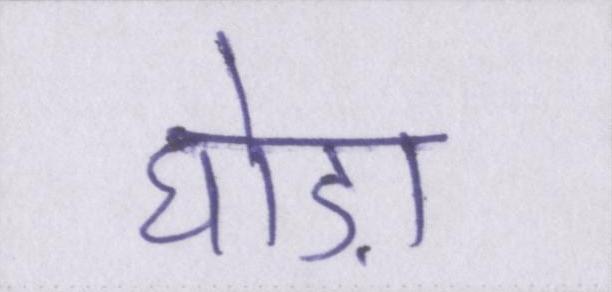
घोड़ा